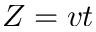
Z = v t